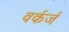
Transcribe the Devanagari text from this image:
वर्कर्ज